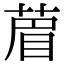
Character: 葿